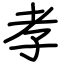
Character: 孝